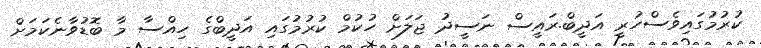
ކުރުމުގައިވެސްހުރީ އަދީބް.ރައީސް ނަސީދު ޖަލަށް ހުކުމް ކުރުމުގައި އަދީބްގެ ހިއްސާ މާ ބޮޑުވާނެކަމަށް